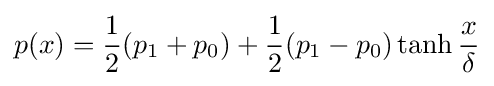
p(x)={\frac {1}{2}}(p_{1}+p_{0})+{\frac {1}{2}}(p_{1}-p_{0})\tanh {\frac {x}{\delta }}